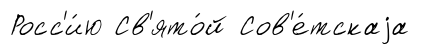
Росс'и́ю Св'ято́й Сов'е́тскаjа